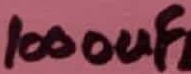
Text: 1000uF